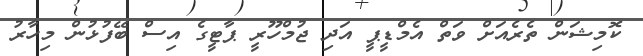
ކޮމިޝަން ތެރެއަށް ވަތް އެމްޑީޕީ އަދި ޖުމްހޫރީ ޕާޓީގެ އިސް ބޭފުޅުން މިހާރު